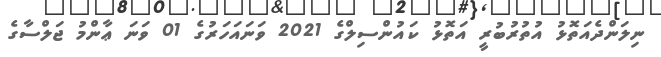
ނިލަންދެއަތޮޅު އުތުރުބުރީ އަތޮޅު ކައުންސިލްގެ 2021 ވަނައަހަރުގެ 01 ވަނަ ޢާންމު ޖަލްސާގެ